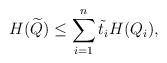
\begin{align*} H(\widetilde{Q}) \le \sum_{i=1}^{n} \tilde{t}_i H(Q_i),\end{align*}